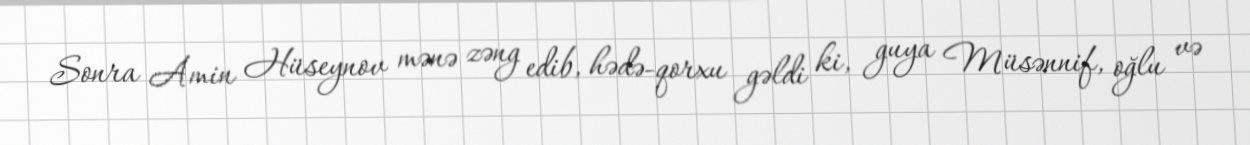
Sonra Amin Hüseynov mənə zəng edib, hədə-qorxu gəldi ki, guya Müsənnif, oğlu və